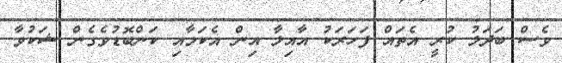
ވެސް ބަދަލު ކުރީ އެތައް ފަހަރަކު އާއިލާ އިން އެކަމާއި ކަންބޮޑުވެގެން ޝަކުވާ